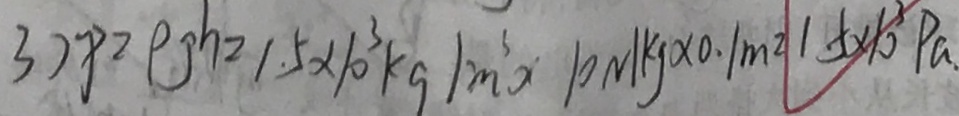
3 ) P = \rho g h _ { 2 } = 1 . 5 \times 1 0 ^ { 3 } k g / m ^ { 3 } \times 1 0 N / k g \times 0 . 1 m = 1 5 \times 1 0 ^ { 3 } P a